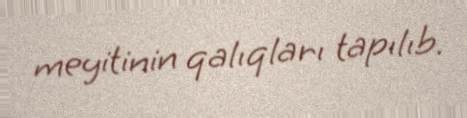
meyitinin qalıqları tapılıb.